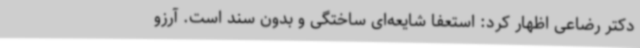
دکتر رضاعی اظهار کرد: استعفا شایعه‌ای ساختگی و بدون سند است. آرزو